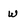
Character: w